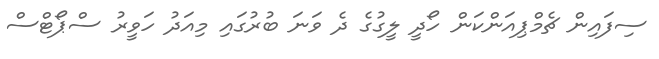
ސިފައިން ޗެމްޕިއަންކަން ހޯދީ ލީގުގެ ދެ ވަނަ ބުރުގައި މިއަދު ހަވީރު ސްޕޯޓްސް